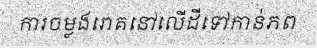
ការចម្លងរោគនៅលើដីទៅកាន់ភព